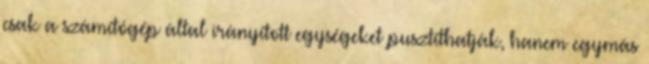
csak a számítógép által irányított egységeket pusztíthatják, hanem egymás